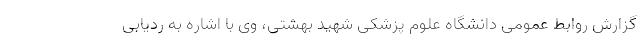
گزارش روابط عمومی دانشگاه علوم پزشکی شهید بهشتی، وی با اشاره به ردیابی